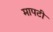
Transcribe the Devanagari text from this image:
मापटी